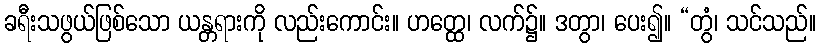
ခရီးသဖွယ်ဖြစ်သော ယန္တရားကို လည်းကောင်း။ ဟတ္ထေ၊ လက်၌။ ဒတွာ၊ ပေး၍။ “တွံ၊ သင်သည်။